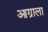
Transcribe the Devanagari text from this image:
आग्राला